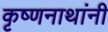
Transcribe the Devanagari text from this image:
कृष्णनाथांनी